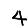
Digit: 4